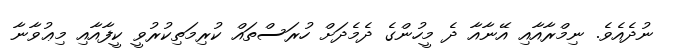
ނުދެއެވެ. ނިމްރާއާއި އޭނާއާ ދެ މީހުންގެ ދެމެދަށް ހުރަސްތައް ކުރިމަތިކުރުވީ ކީފާއާއި މިޢުވާނާ